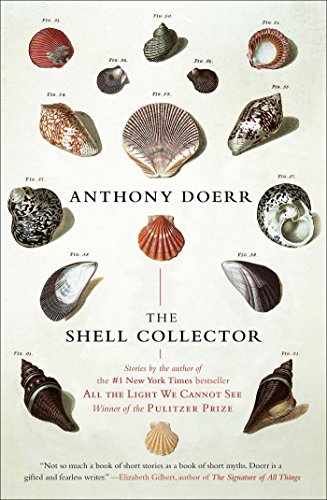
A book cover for The Shell Collector: Stories; Anthony Doerr; Literature & Fiction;